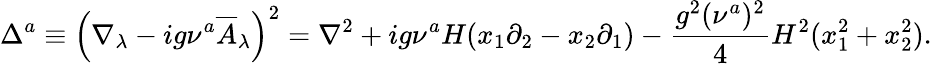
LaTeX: \Delta^{a}\equiv\left(\nabla_{\lambda}-ig\nu^{a}\overline{{{A}}}_{\lambda}\right)^{2}=\nabla^{2}+ig\nu^{a}H(x_{1}\partial_{2}-x_{2}\partial_{1})-{\frac{g^{2}(\nu^{a})^{2}}{4}}H^{2}(x_{1}^{2}+x_{2}^{2}).